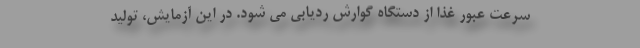
سرعت عبور غذا از دستگاه گوارش ردیابی می شود. در این آزمایش، تولید